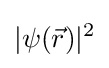
|\psi ({\vec {r}})|^{2}